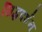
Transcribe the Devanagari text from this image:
सिद्धदर्शन